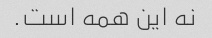
نه این همه است.